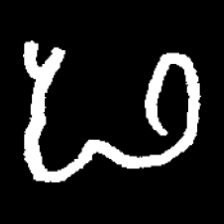
Pyu character \u2014 Myanmar letter: ဖ (romanized: pha)